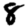
Digit: 8